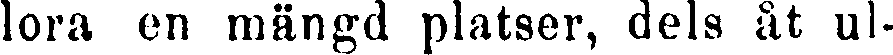
lora en mängd platser, dels åt ul-